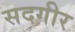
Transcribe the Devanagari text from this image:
सदगीर